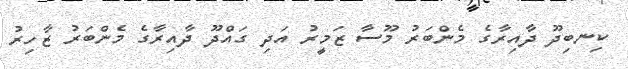
ކިނބިދޫ ދާއިރާގެ މެންބަރު މޫސާ ޒަމީރު އަދި ގައްދޫ ދާއިރާގެ މެންބަރު ޒާހިރު